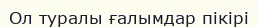
Ол туралы ғалымдар пікірі